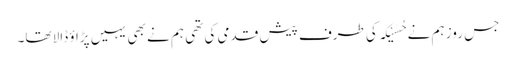
جس روز ہم نے حُسَیْکَہ کی طرف پیش قدمی کی تھی ہم نے بھی یہیں پڑاؤ ڈالا تھا۔